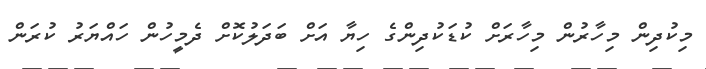
މިކުދިން މިހާރުން މިހާރަށް ކުޑަކުދިންގެ ހިޔާ އަށް ބަދަލުކޮށް ދެމީހުން ހައްޔަރު ކުރަން